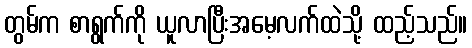
တွမ်က စာရွက်ကို ယူလာပြီးအမေ့လက်ထဲသို့ ထည့်သည်။